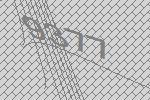
9377